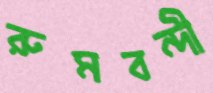
রুমবন্দী